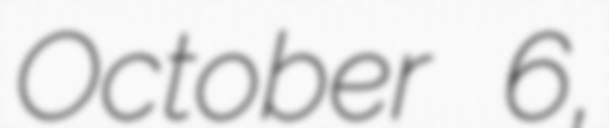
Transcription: October 6,